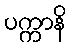
ပက္ကာနိ